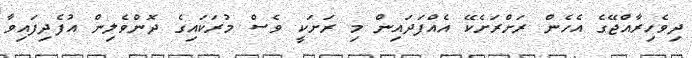
ދިވެހިރާއްޖޭގެ އެހެން ރަށްރަށެކޭ އެއްފަދައިން މި ރަށަކީ ވެސް މުރަކައިގެ ދޮންވެލިން އުފެދިފައިވާ